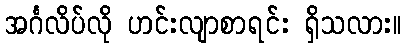
အင်္ဂလိပ်လို ဟင်းလျာစာရင်း ရှိသလား။